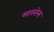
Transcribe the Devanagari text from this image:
साखरेस